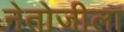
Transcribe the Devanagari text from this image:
नेतोजीला